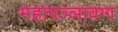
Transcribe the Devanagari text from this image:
महापञ्ञावग्ग